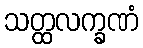
သတ္ထလက္ခဏံ